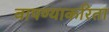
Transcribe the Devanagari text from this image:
वापण्‍याकरिता